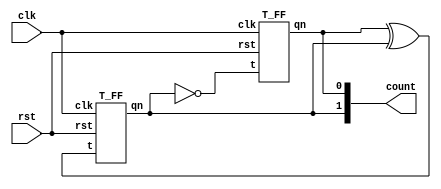
`timescale 1ns / 1ps
module Mod_3Counter(
    input rst,
    input clk,
    output [1:0] count
    );
    wire w1=count[0] ^ count[1]; 
    wire w2=~count[1]; 
    T_FF T1(.t(w2),.rst(rst),.clk(clk),.qn(count[0])); 
    T_FF T2(.t(w1),.rst(rst),.clk(clk),.qn(count[1])); 
endmodule
module T_FF(t,clk,rst,qn,qn_bar);
input t,clk,rst; output reg qn;output qn_bar; 
always@(posedge clk) 
begin 
if(!rst) 
qn=0;
else 
begin
case(t) 
0:qn=qn;
1:qn=~qn;
endcase 
end
end
assign qn_bar=~qn;
endmodule